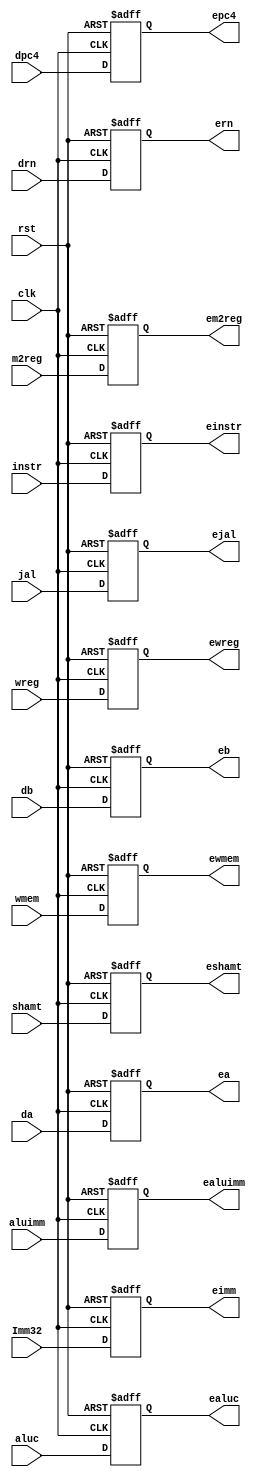
module idexe (clk, rst, wreg, m2reg, wmem, jal, aluc, aluimm, shamt, dpc4, da, db, Imm32, drn, instr,
  ewreg, em2reg, ewmem, ejal, ealuc, ealuimm, eshamt, einstr, epc4, ea, eb, eimm, ern);
  input         clk;
  input         rst;
  input [31:0] da, db, Imm32, instr;
  input [31:2] dpc4;
  input [4:0]  shamt, drn, aluc;
  input        wreg, m2reg, wmem, jal, aluimm ;
  output [31:0] ea, eb, eimm, einstr;
  output [31:2] epc4;
  output [4:0]  eshamt, ern, ealuc;
  output        ewreg, em2reg, ewmem, ejal, ealuimm;
  reg [31:0] ea, eb, eimm, einstr;
  reg [31:2] epc4;
  reg [4:0]  eshamt, ern, ealuc;
  reg        ewreg, em2reg, ewmem, ejal, ealuimm;
  
  always @ (posedge clk or posedge rst) begin
    if (rst) begin
    ea <= 0;
    eb <= 0;
    eimm <= 0;
    einstr <= 0;
    epc4 <= 0;
    eshamt <= 0;
    ern <= 0;
    ealuc <= 0;
    ewreg <= 0;
    em2reg <= 0;
    ewmem <= 0;
    ejal <= 0;
    ealuimm <= 0;
  end
else begin
    ea <= da;
    eb <= db;
    eimm <= Imm32;
    einstr <= instr;
    epc4 <= dpc4;
    eshamt <= shamt;
    ern <= drn;
    ealuc <= aluc;
    ewreg <= wreg;
    em2reg <= m2reg;
    ewmem <= wmem;
    ejal <= jal;
    ealuimm <= aluimm;
  end
end
endmodule